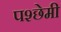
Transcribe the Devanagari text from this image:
पश्छेमी